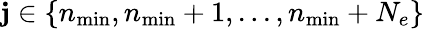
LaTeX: \mathbf{j}\in\{ n_{\mathrm{{min}}},n_{\mathrm{{min}}}+1,...,n_{\mathrm{{min}}}+N_{e}\}